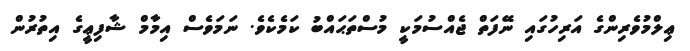
ޢިލްމުވެރިންގެ އަރިހުގައި ނޭފަތް ޖެއްސުމަކީ މުސްތަޙައްބު ކަމެކެވެ. ނަމަވެސް އިމާމް ޝާފިޢީގެ އިތުރުން